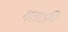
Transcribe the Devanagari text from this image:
गताऽपि